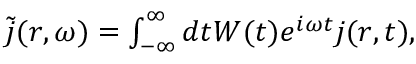
\begin{array} { r } { \tilde { \boldsymbol j } ( \boldsymbol r , \omega ) = \int _ { - \infty } ^ { \infty } d t W ( t ) e ^ { i \omega t } \boldsymbol j ( \boldsymbol r , t ) , } \end{array}